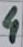
Text: 4